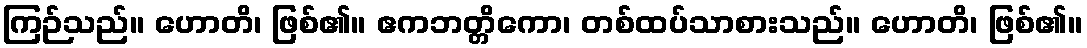
ကြဉ်သည်။ ဟောတိ၊ ဖြစ်၏။ ဧကဘတ္တိကော၊ တစ်ထပ်သာစားသည်။ ဟောတိ၊ ဖြစ်၏။